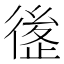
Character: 𰐶